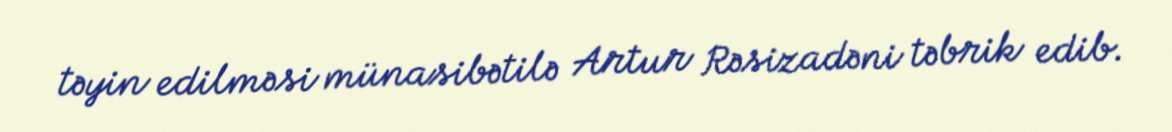
təyin edilməsi münasibətilə Artur Rəsizadəni təbrik edib.